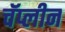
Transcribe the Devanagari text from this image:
चॅप्लीन